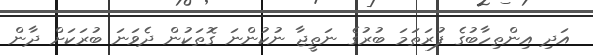
އަދި އިންތިހާބުގެ ފުރަތަމަ ބުރުގެ ނަތީޖާ ނުކުންނަ ގޮތަކުން ދެވަނަ ބުރަކަށް ދާން